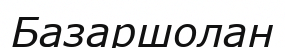
Базаршолан